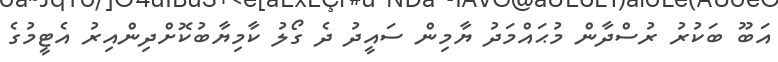
އަބޫ ބަކުރު ރުސްދާން މުޙައްމަދު ޔާމިން ސައީދު ދެ ގޯލު ކާމިޔާބުކޮށްދިންއިރު އެޓީމުގެ